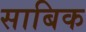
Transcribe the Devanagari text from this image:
साबिक